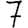
Digit: 7